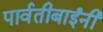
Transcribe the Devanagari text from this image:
पार्वतीबाईंनी